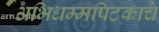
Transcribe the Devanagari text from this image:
अभिधम्मपिटकाचे